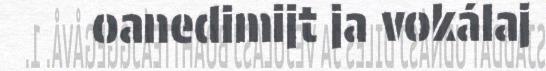
oanedimijt ja vokálaj